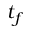
t _ { f }